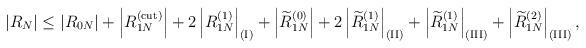
LaTeX: \begin{align*}\left|R_N\right| \le \left|R_{0N}\right|+\left|R_{1N}^{\rm (cut)}\right| +2\left|R_{1N}^{(1)}\right|_{\rm (I)}+\left|\widetilde R_{1N}^{(0)}\right| +2\left|\widetilde R_{1N}^{(1)}\right|_{\rm (II)} +\left|\widetilde R_{1N}^{(1)}\right|_{\rm (III)} +\left|\widetilde R_{1N}^{(2)}\right|_{\rm (III)},\end{align*}